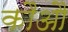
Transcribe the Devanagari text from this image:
कौऔ